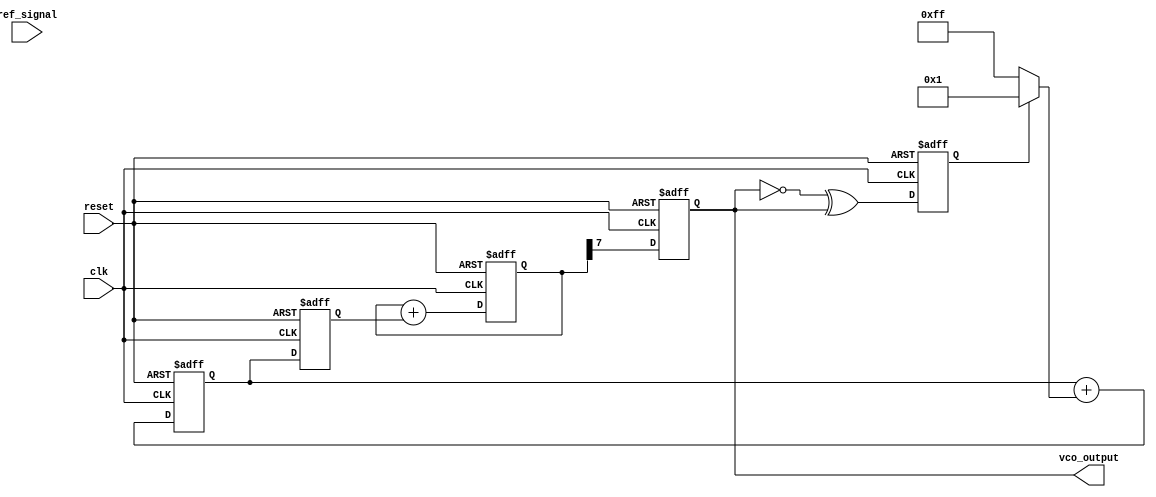
module DPLL (
    input wire clk,                 // Clock input for the DPLL
    input wire reset,               // Reset signal
    input wire ref_signal,          // Reference input signal
    output reg vco_output           // Output signal from the VCO
);
    // Parameters for DPLL
    parameter integer N = 4;       // Division factor for frequency divider
    parameter integer MEMORY_SIZE = 8; // Size of memory for phase errors

    // Internal signals
    reg [MEMORY_SIZE-1:0] phase_error_mem [0:MEMORY_SIZE-1]; // Memory for phase errors
    reg [MEMORY_SIZE-1:0] phase_error;
    reg [7:0] control_voltage;      // Control voltage for VCO
    reg [7:0] vco_freq;             // VCO frequency output
    reg [7:0] vco_phase;            // VCO phase accumulator
    reg [3:0] divider_count;        // Counter for frequency divider

    // Phase Detector
    always @(posedge clk or posedge reset) begin
        if (reset) begin
            phase_error <= 0;
        end else begin
            // Simple phase comparison
            phase_error <= {ref_signal, ~vco_output} ^ {~ref_signal, vco_output};
            // Store phase error in memory
            phase_error_mem[0] <= phase_error;
        end
    end

    // Loop Filter (Simple IIR Filter)
    always @(posedge clk or posedge reset) begin
        if (reset) begin
            control_voltage <= 0;
        end else begin
            // Basic low-pass filter for control voltage
            control_voltage <= control_voltage + (phase_error[0] ? 1 : -1);
        end
    end

    // Voltage-Controlled Oscillator (VCO)
    always @(posedge clk or posedge reset) begin
        if (reset) begin
            vco_freq <= 0;
            vco_phase <= 0;
            vco_output <= 0;
        end else begin
            // Frequency adjustment based on control voltage
            vco_freq <= control_voltage; // Simple direct mapping
            vco_phase <= vco_phase + vco_freq; // Phase increment
            vco_output <= vco_phase[MEMORY_SIZE-1]; // Use MSB for output
        end
    end

    // Frequency Divider
    always @(posedge clk or posedge reset) begin
        if (reset) begin
            divider_count <= 0;
        end else begin
            // Simple frequency divider
            if (divider_count == N - 1) begin
                divider_count <= 0;
                // Feedback to the phase detector (not implemented here)
            end else begin
                divider_count <= divider_count + 1;
            end
        end
    end

endmodule